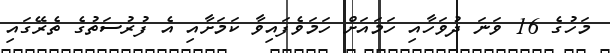
މަހުގެ 16 ވަނަ ދުވަހާއި ހަމައަށް ހަމަވެފައިވާ ކަމަށާއި އެ ފުރުސަތުގެ ތެރޭގައި